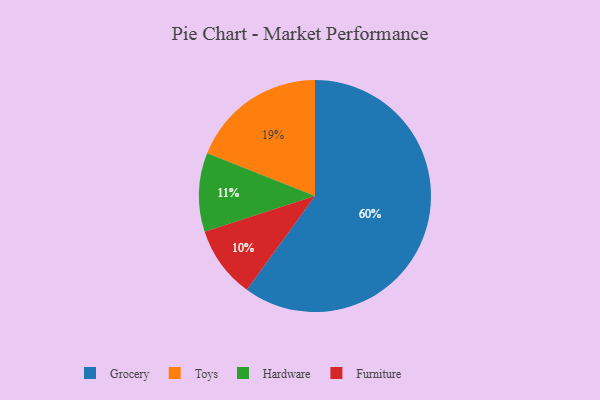
{"axis": {"x": "Category", "y": "Percentage"}, "legend": ["Furniture", "Grocery", "Hardware", "Toys"], "data": [{"x": "Grocery", "y": 60, "type": "Grocery"}, {"x": "Furniture", "y": 10, "type": "Furniture"}, {"x": "Hardware", "y": 11, "type": "Hardware"}, {"x": "Toys", "y": 19, "type": "Toys"}]}